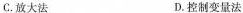
C.放大法 D.控制变量法